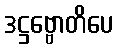
ဒဋ္ဌဗ္ဗောတိပေ